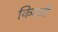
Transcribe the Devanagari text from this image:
किस्‍ती